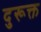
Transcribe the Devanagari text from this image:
दुरूक्त